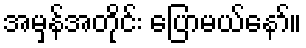
အမှန်အတိုင်း ပြောမယ်နော်။